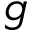
g